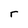
Character: r